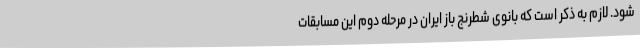
شود. لازم به ذکر است که بانوی شطرنج باز ایران در مرحله دوم این مسابقات